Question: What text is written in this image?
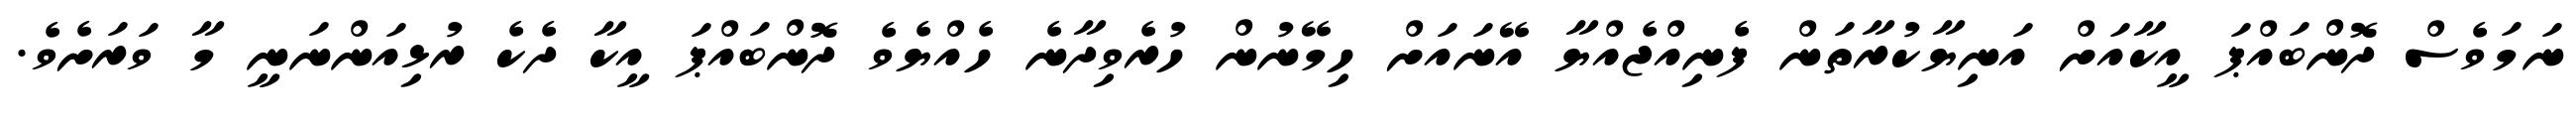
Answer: ނަމަވެސް ދޮންބައްޕަ އީކާއަށް އަނިޔާކުރާތަން ފެނިއްޖެއްޔާ އޭނައަށް ހިމޭނުން ހުރެވިދާނެ ހެއްޔެވެ ދޮންބައްޕަ އީކާ ދެކެ ރުޅިއަންނަނީ މާ ވަރަށެވެ.